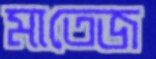
মাতেজ